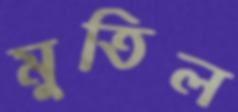
মুতিল